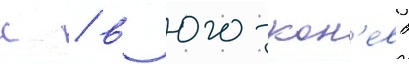
с / в юго-кон'ево